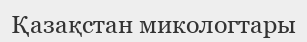
Қазақстан микологтары